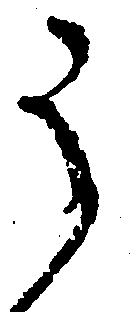
う